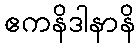
ဧကနိဒါနာနိ